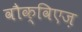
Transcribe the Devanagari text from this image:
वौक्विएज़